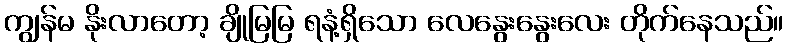
ကျွန်မ နိုးလာတော့ ချိုမြမြ ရနံ့ရှိသော လေနွေးနွေးလေး တိုက်နေသည်။